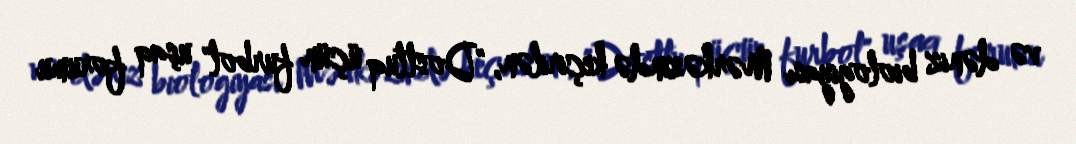
və dəniz biologiyası Mərkəzində keçirilən, "Dostluq üçün furbol" uşaq forumu